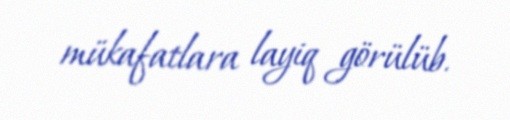
mükafatlara layiq görülüb.